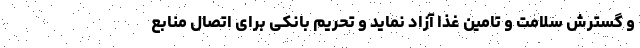
و گسترش سلامت و تامین غذا آزاد نماید و تحریم بانکی برای اتصال منابع